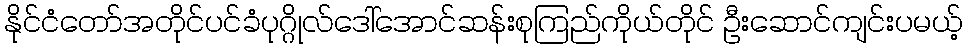
နိုင်ငံတော်အတိုင်ပင်ခံပုဂ္ဂိုလ်ဒေါ်အောင်ဆန်းစုကြည်ကိုယ်တိုင် ဦးဆောင်ကျင်းပမယ့်